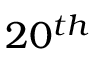
2 0 ^ { t h }